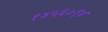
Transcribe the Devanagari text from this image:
१४५६०१४